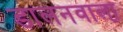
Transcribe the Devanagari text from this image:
डालनवाला़